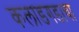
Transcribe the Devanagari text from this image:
कलाडगडाचा